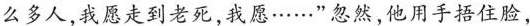
么多人,我愿走到老死,我愿……"忽然,他用手捂住脸，